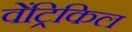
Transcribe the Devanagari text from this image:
वेंट्रिकिल